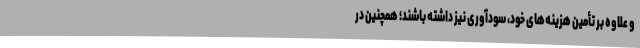
و علاوه بر تأمین‌ هزینه‌های خود، سودآوری نیز داشته باشند؛ همچنین در